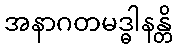
အနာဂတမဒ္ဓါနန္တိ